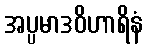
အပ္ပမာဒဝိဟာရိနံ